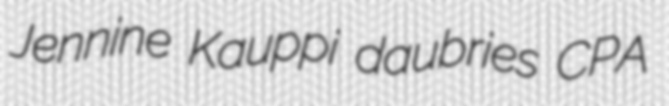
Jennine Kauppi daubries CPA